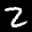
Label: 2